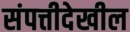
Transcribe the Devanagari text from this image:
संपत्तीदेखील